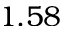
1 . 5 8